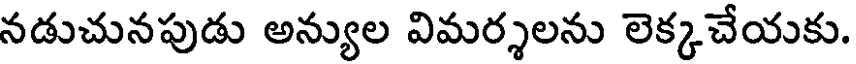
నడుచునపుడు అన్యుల విమర్శలను లెక్కచేయకు.